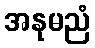
အနုမညံ